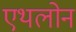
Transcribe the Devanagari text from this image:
एथलोन